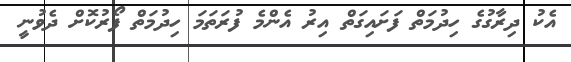
އެކު ދިރާގުގެ ހިދުމަތް ފަށައިގަތް އިރު އެންމެ ފުރަތަމަ ހިދުމަތް ފޯރުކޮށް ދެވުނީ